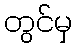
တွင်မှ